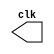
// ---------------------------
// Exemplo0041
// Nome: Jonatas Sena Ferreira

// --------------------------- 
// -- test clock generator (1) 
// --------------------------- 

module clock ( clk ); 
output clk; 
reg clk; 
initial begin 
clk = 1'b0; 
end 

always begin 
#12 clk = ~clk; 
end 

endmodule // clock ( ) 


module Exemplo0041; 
wire clk; 
clock CLK1 ( clk );
 
initial begin

$display("Exemplo0041 - Ursula Rosa - 427424");
$dumpfile ( "Exemplo0041.vcd" ); 
$monitor($time, clk);
$dumpvars(0); 
#120 $finish; 
end 
endmodule // Exemplo0041 ( )